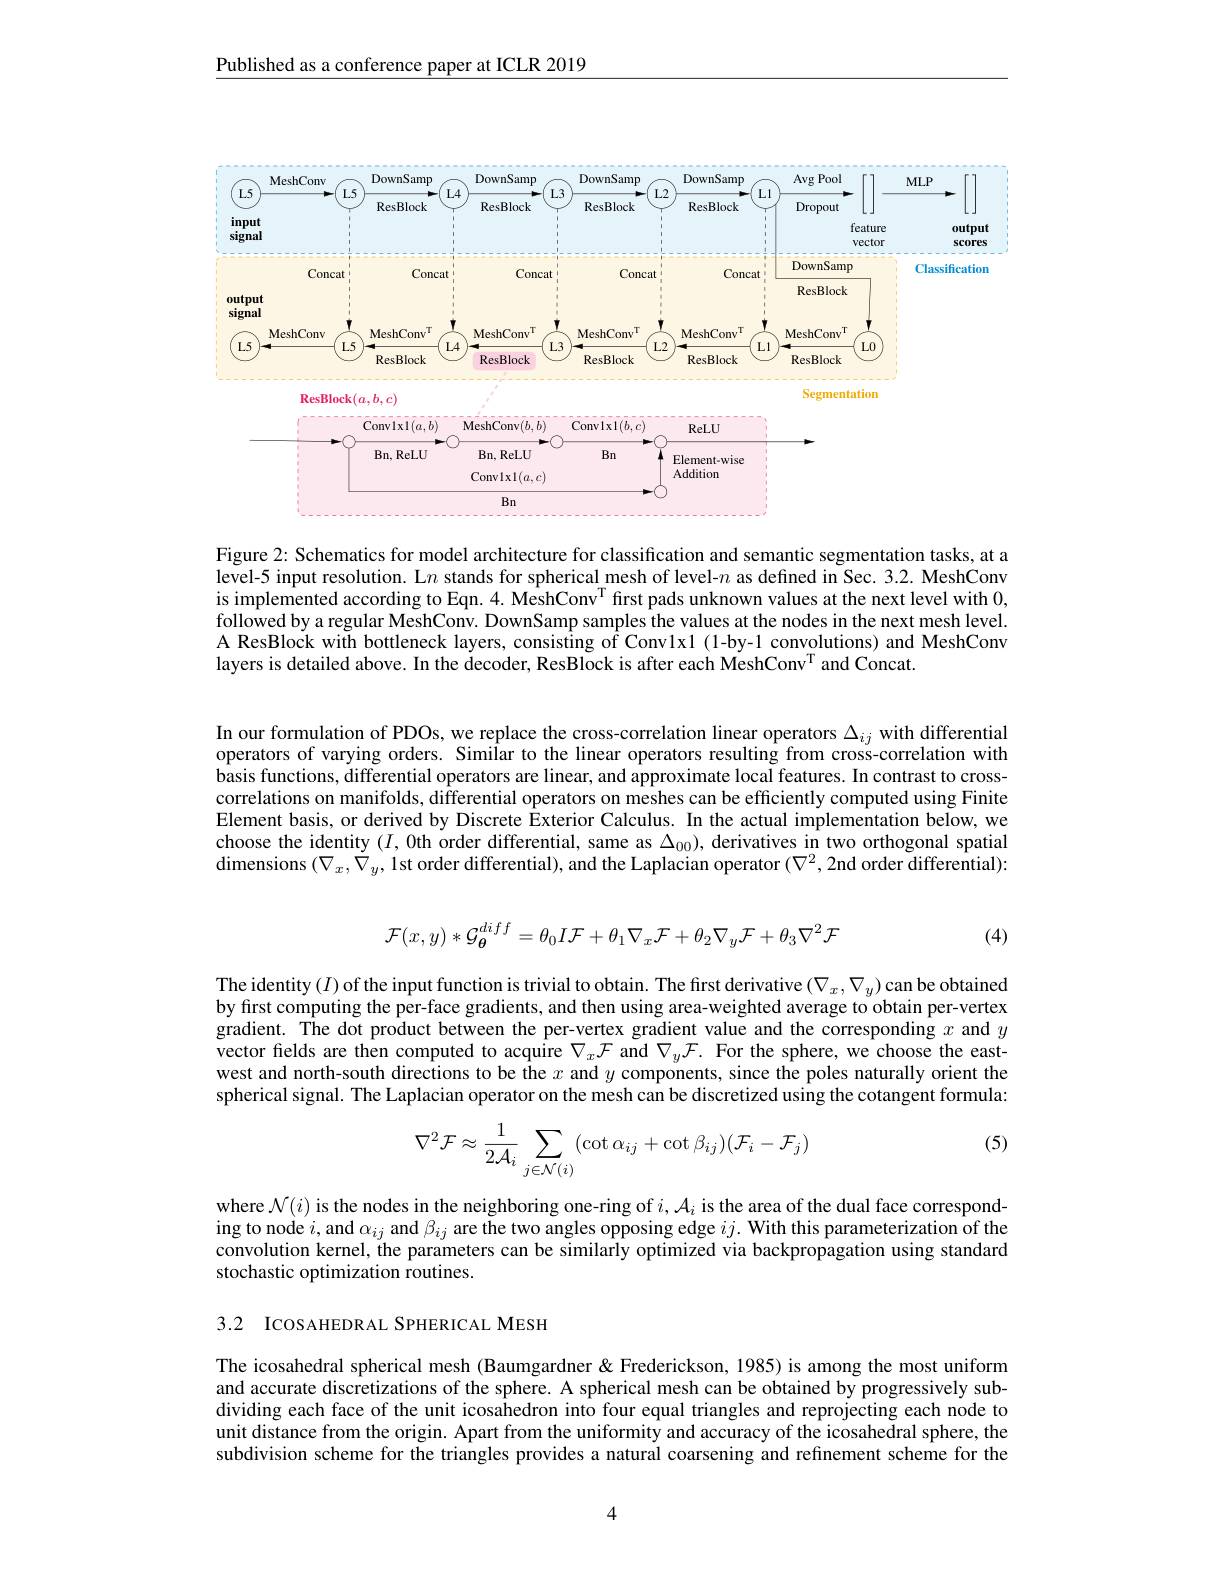
Published as a conference paper at ICLR 2019

<FigureHere>

Figure 2: Schematics for model architecture for classification and semantic segmentation tasks, at a level-5 input resolution. L$n$ stands for spherical mesh of level-$n$ as defined in Sec. 3.2. MeshConv is implemented according to Eqn. 4. MeshConv$^{\mathrm{T}}$first pads unknown values at the next level with 0, followed by a regular MeshConv. DownSamp samples the values at the nodes in the next mesh level. A ResBlock with bottleneck layers, consisting of Convlx1 (1-by-1 convolutions) and MeshConv layers is detailed above. In the decoder, ResBlock is after each MeshConv$^{\mathrm{T}}$ and Concat.

In our formulation of PDOs, we replace the cross-correlation linear operators $\Delta_{ij}$ with differential operators of varying orders. Similar to the linear operators resulting from cross-correlation with basis functions, differential operators are linear, and approximate local features. In contrast to crosscorrelations on manifolds, differential operators on meshes can be efficiently computed using Finite Element basis, or derived by Discrete Exterior Calculus. In the actual implementation below, we choose the identity $(I,0$th order differential, same as $\Delta_{00})$, derivatives in two orthogonal spatial dimensions $(\nabla_x,\dot{\nabla}_y$, lst order differential), and the Laplacian operator $( \nabla ^2, \tilde{2}$nd order differential):
$$\mathcal{F}(x,y)*\mathcal{G}_{\boldsymbol{\theta}}^{diff}=\theta_0I\mathcal{F}+\theta_1\nabla_x\mathcal{F}+\theta_2\nabla_y\mathcal{F}+\theta_3\nabla^2\mathcal{F}$$
(4)

The identity $(I)$ of the input function is trivial to obtain. The first derivative $(\nabla_x,\nabla_y)$ can be obtained by first computing the per-face gradients, and then using area-weighted average to obtain per-vertex gradient. The dot product between the per-vertex gradient value and the corresponding $x$ and $y$ vector fields are then computed to acquire $\nabla_x\mathcal{F}$ and $\nabla_y\mathcal{F}.$ For the sphere, we choose the eastwest and north-south directions to be the $x$ and $y$ components, since the poles naturally orient the spherical signal. The Laplacian operator on the mesh can be discretized using the cotangent formula:

(5)
$$\nabla^2\mathcal{F}\approx\dfrac{1}{2\mathcal{A}_i}\sum\limits_{j\in\mathcal{N}(i)}(\cot\alpha_{ij}+\cot\beta_{ij})(\mathcal{F}_i-\mathcal{F}_j)$$
where $\mathcal{N}(i)$ is the nodes in the neighboring one-ring of $i,\mathcal{A}_i$ is the area of the dual face corresponding to node $i$,and $\alpha_ij$ and $\beta_{ij}$ are the two angles opposing edge $ij. \textbf{ With this parameterization of the}$ convolution kernel, the parameters can be similarly optimized via backpropagation using standard stochastic optimization routines.

3.2 IcosAHEDRAL SPHERICAL MESH

The icosahedral spherical mesh (Baumgardner & Frederickson, 1985) is among the most uniform and accurate discretizations of the sphere. A spherical mesh can be obtained by progressively subdividing each face of the unit icosahedron into four equal triangles and reprojecting each node to unit distance from the origin. Apart from the uniformity and accuracy of the icosahedral sphere, the subdivision scheme for the triangles provides a natural coarsening and refinement scheme for the

4